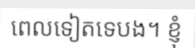
ពេលទៀតទេបង។ ខ្ញុំ